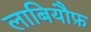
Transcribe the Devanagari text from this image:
लाबियौफ़